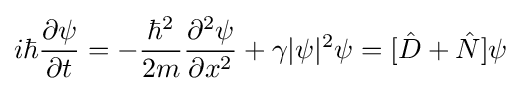
i\hbar {\partial \psi  \over \partial t}=-{{\hbar }^{2} \over {2m}}{\partial ^{2}\psi  \over \partial x^{2}}+\gamma |\psi |^{2}\psi =[{\hat {D}}+{\hat {N}}]\psi